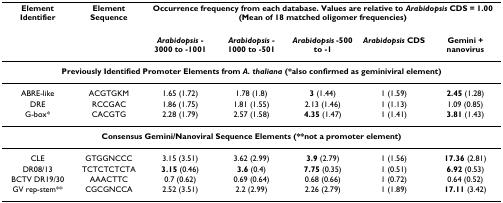
<table><thead><tr><td><b>Element Identifier</b></td><td><b>Element Sequence</b></td><td colspan="5"><b>Occurrence frequency from each database. Values are relative to <i>Arabidopsis </i>CDS = 1.00 (Mean of 18 matched oligomer frequencies)</b></td></tr></thead><tbody><tr><td></td><td></td><td><b><i>Arabidopsis </i>-3000 to -1001</b></td><td><b><i>Arabidopsis </i>-1000 to -501</b></td><td><b><i>Arabidopsis </i>-500 to -1</b></td><td><b><i>Arabidopsis </i>CDS</b></td><td><b>Gemini + nanovirus</b></td></tr><tr><td colspan="7"><b>Previously Identified Promoter Elements from <i>A. thaliana </i>(*also confirmed as geminiviral element)</b></td></tr><tr><td>ABRE-like</td><td>ACGTGKM</td><td>1.65 (1.72)</td><td>1.78 (1.8)</td><td><b>3 </b>(1.44)</td><td>1 (1.59)</td><td><b>2.45 </b>(1.28)</td></tr><tr><td>DRE</td><td>RCCGAC</td><td>1.86 (1.75)</td><td>1.81 (1.55)</td><td>2.13 (1.46)</td><td>1 (1.13)</td><td>1.09 (0.85)</td></tr><tr><td>G-box*</td><td>CACGTG</td><td>2.28 (1.79)</td><td>2.57 (1.58)</td><td><b>4.35 </b>(1.47)</td><td>1 (1.41)</td><td><b>3.81 </b>(1.43)</td></tr><tr><td colspan="7"><b>Consensus Gemini/Nanoviral Sequence Elements (**not a promoter element)</b></td></tr><tr><td>CLE</td><td>GTGGNCCC</td><td>3.15 (3.51)</td><td>3.62 (2.99)</td><td><b>3.9 </b>(2.79)</td><td>1 (1.56)</td><td><b>17.36 </b>(2.81)</td></tr><tr><td>DR08/13</td><td>TCTCTCTCTA</td><td><b>3.15 </b>(0.46)</td><td><b>3.6 </b>(0.4)</td><td><b>7.75 </b>(0.35)</td><td>1 (0.51)</td><td><b>6.92 </b>(0.53)</td></tr><tr><td>BCTV DR19/30</td><td>AAACTTC</td><td>0.7 (0.62)</td><td>0.69 (0.64)</td><td>0.68 (0.66)</td><td>1 (0.72)</td><td>0.64 (0.52)</td></tr><tr><td>GV rep-stem**</td><td>CGCGNCCA</td><td>2.52 (3.51)</td><td>2.2 (2.99)</td><td>2.26 (2.79)</td><td>1 (1.89)</td><td><b>17.11 </b>(3.42)</td></tr></tbody></table>